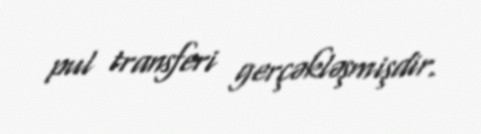
pul transferi gerçəkləşmişdir.